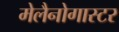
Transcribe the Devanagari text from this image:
मेलैनोगास्टर